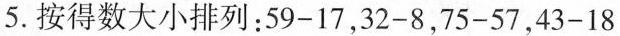
5.按得数大小排列：$$5 9 - 1 7$$，$$3 2 - 8$$，$$7 5 - 5 7$$，$$4 3 -